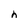
Character: h